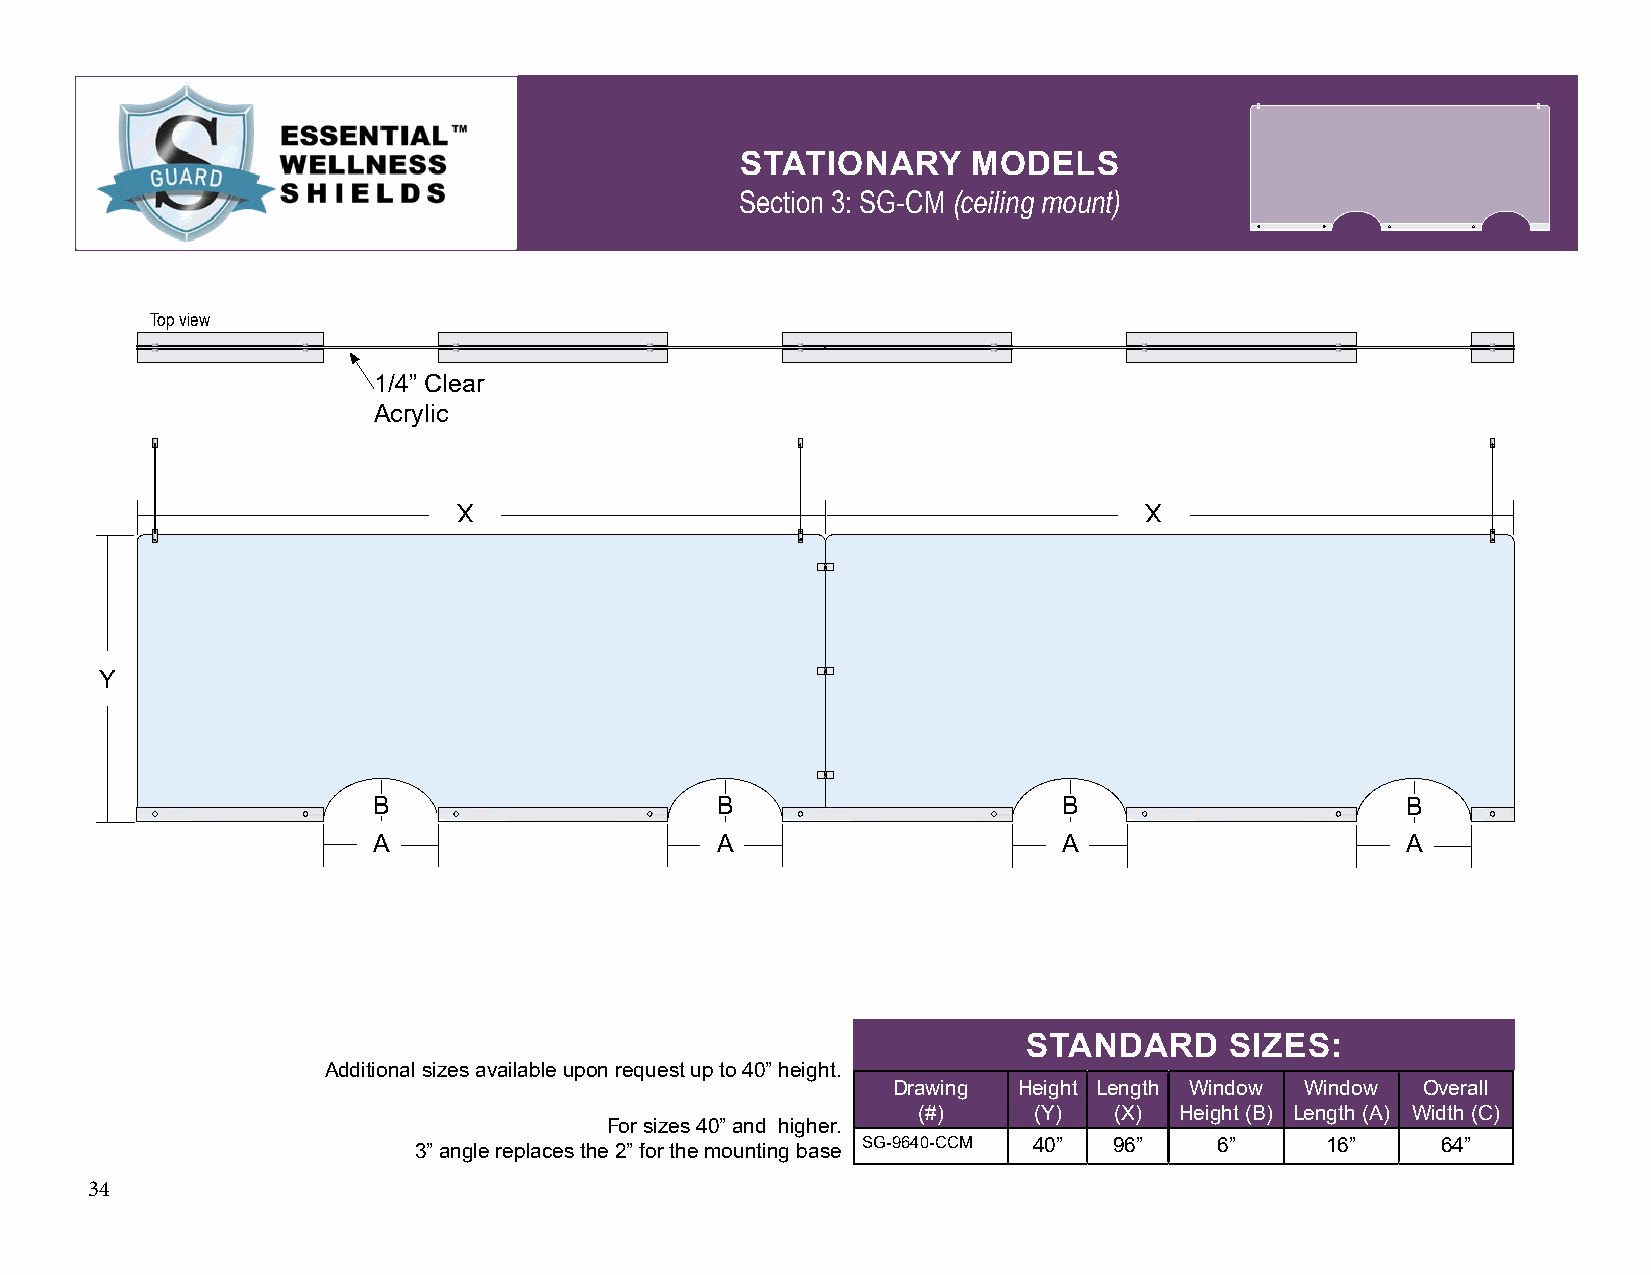
STATIONARY     MODELS
 Section 3: SG-CM (ceiling mount)
 Top view
 1/4” Clear
 Acrylic
 Y
 B                     B                      B                      B
 A                     A                      A                      A
 STANDARD     SIZES:
 Additional sizes available upon request up to 40” height.
 Drawing Height Length Window Window Overall
 (#)    (Y)   (X) Height (B) Length (A) Width (C)
 For sizes 40” and higher.
 SG-9640-CCM 40”  96”    6”     16”    64”
 3” angle replaces the 2” for the mounting base
 34
 X                                             X